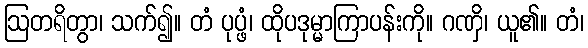
ဩတရိတွာ၊ သက်၍။ တံ ပုပ္ဖံ၊ ထိုပဒုမ္မာကြာပန်းကို။ ဂဏှိ၊ ယူ၏။ တံ၊